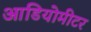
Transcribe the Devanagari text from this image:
आडियोमीटर